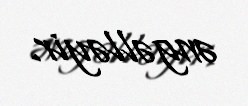
əngəlləyir.